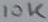
Text: 10K